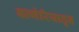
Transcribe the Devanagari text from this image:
बल्गेरियातून